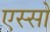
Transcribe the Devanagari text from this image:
एस्सो